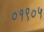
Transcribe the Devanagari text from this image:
०१९०५